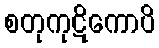
စတုကုဋိကောပိ